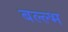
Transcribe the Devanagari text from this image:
बल्ल्भ